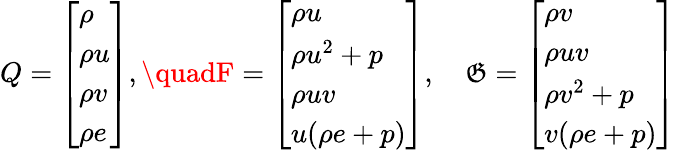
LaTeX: Q=\left[\begin{array}{l}{\rho}\\ {\rho u}\\ {\rho v}\\ {\rho e}\end{array}\right],\quadF=\left[\begin{array}{l}{\rho u}\\ {\rho u^{2}+p}\\ {\rho uv}\\ {u(\rho e+p)}\end{array}\right],\quad\mathfrak{G}=\left[\begin{array}{l}{\rho v}\\ {\rho uv}\\ {\rho v^{2}+p}\\ {v(\rho e+p)}\end{array}\right]